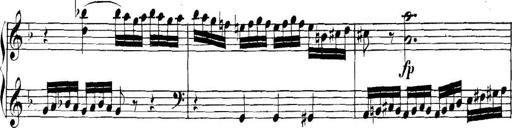
Title: Collected Piano Sonatas
Composer: Muzio Clementi